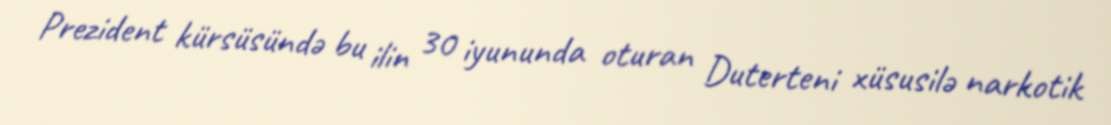
Prezident kürsüsündə bu ilin 30 iyununda oturan Duterteni xüsusilə narkotik